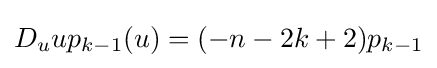
D_{u}up_{k-1}(u)=(-n-2k+2)p_{k-1}